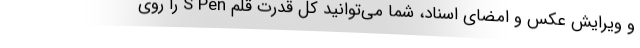
و ویرایش عکس و امضای اسناد، شما می‌توانید کل قدرت قلم S Pen را روی